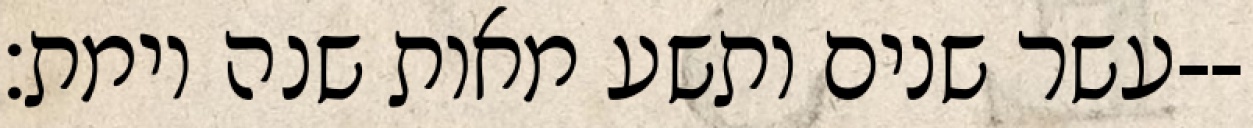
עשר שנים ותשע מאות שנה וימת׃--